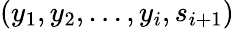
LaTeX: (y_{1},y_{2},\dots,y_{i},s_{i+1})